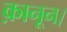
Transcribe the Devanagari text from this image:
क़ानून।